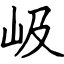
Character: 岋